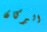
البركان